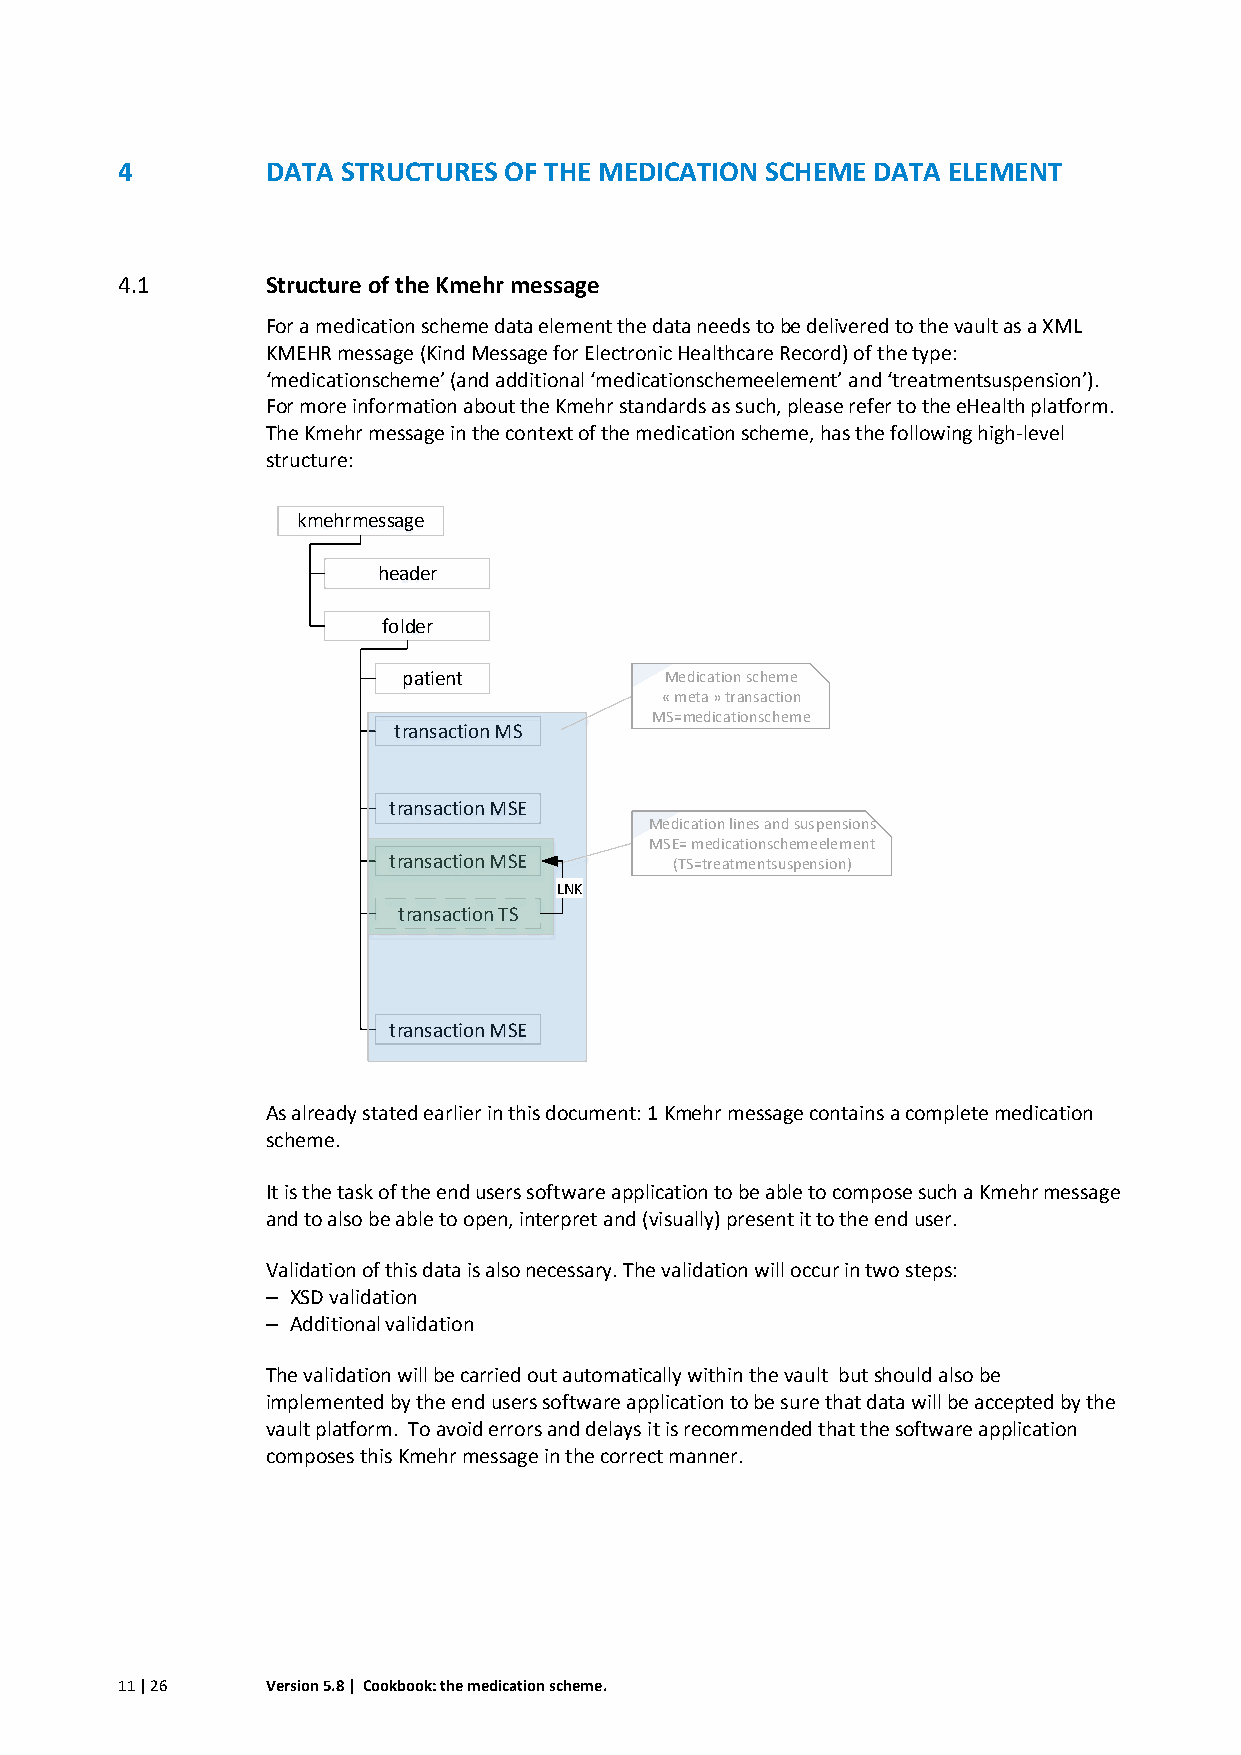
4         DATA STRUCTURES OF THE MEDICATION SCHEME DATA ELEMENT
 4.1       Structure of the Kmehr message
 For a medication scheme data element the data needs to be delivered to the vault as a XML
 KMEHR message (Kind Message for Electronic Healthcare Record) of the type:
 ‘medicationscheme’ (and additional ‘medicationschemeelement’ and ‘treatmentsuspension’).
 For more information about the Kmehr standards as such, please refer to the eHealth platform.
 The Kmehr message in the context of the medication scheme, has the following high-level
 structure:
 As already stated earlier in this document: 1 Kmehr message contains a complete medication
 scheme.
 It is the task of the end users software application to be able to compose such a Kmehr message
 and to also be able to open, interpret and (visually) present it to the end user.
 Validation of this data is also necessary. The validation will occur in two steps:
 – XSD validation
 – Additional validation
 The validation will be carried out automatically within the vault but should also be
 implemented by the end users software application to be sure that data will be accepted by the
 vault platform. To avoid errors and delays it is recommended that the software application
 composes this Kmehr message in the correct manner.
 11 | 26   Version 5.8 | Cookbook: the medication scheme.
 k m e h r m e s s a g e
 h e a d e r
 fo ld e r
 p a tie n t
 t ra n s a c tio n M
 t ra n s a c tio n M
 t ra n s a c tio n M
 t ra n s a c tio n T
 t ra n s a c tio n M
 S
 S E
 S E
 S
 S E
 L N K
 M
 MM
 M e d ic a t io n s c h e m e
 « m e ta » tra n s a c tio nS
 = m e d ic a tio n sc h e m e
 e d ic a t io n lin e s a n d s uS
 E = m e d ic a tio n sc h e m(T
 S = tre a tm e n ts u sp e
 s p e n s ioe
 e le m en
 s io n )
 nn st